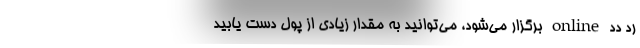
رد دد online برگزار می‌شود، می‌توانید به مقدار زیادی از پول دست یابید